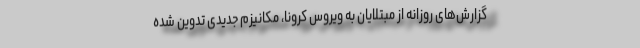
گزارش‌های روزانه از مبتلایان به ویروس کرونا، مکانیزم جدیدی تدوین شده